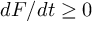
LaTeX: d F / d t \geq 0